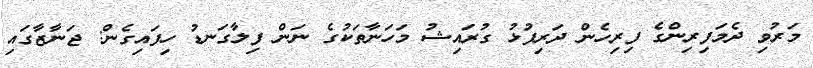
މަރުވި ދެމަފިރިންގެ ފިރިހެން ދަރިފުޅު ގުރައިޝު މަހަނާތަކުގެ ނަން ފިލާގަނޑު ހިފައިގެން: ޖަނާޒާގައި